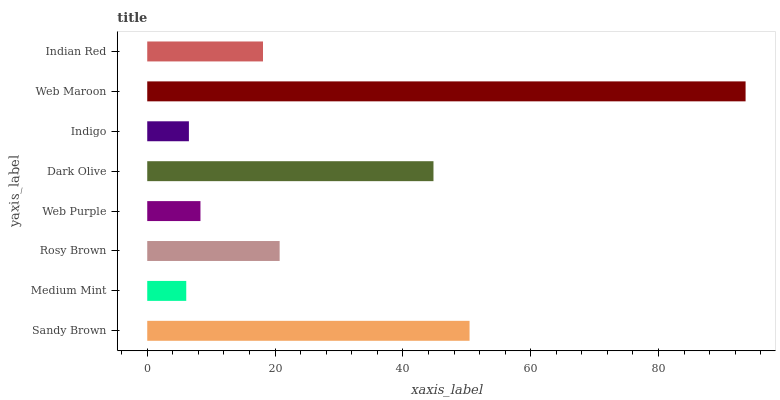
| yaxis_label | bars |
 | --- | --- |
 | Sandy Brown | 50.4 |
 | Medium Mint | 6.1 |
 | Rosy Brown | 20.7 |
 | Web Purple | 8.33 |
 | Dark Olive | 44.8 |
 | Indigo | 6.52 |
 | Web Maroon | 93.6 |
 | Indian Red | 18.1 |